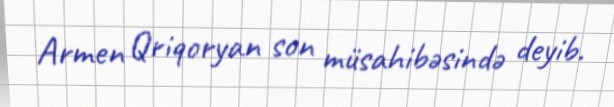
Armen Qriqoryan son müsahibəsində deyib.